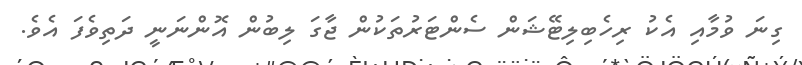
ގިނަ ވުމާއި އެކު ރިހެބިލިޓޭޝަން ސެންޓަރުތަކުން ޖާގަ ލިބުން އޮންނަނީ ދަތިވެފަ އެވެ.